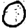
Digit: 0